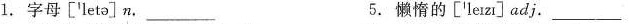
1.字母 ['letə]n. ___ 5.懒惰的 ['leɪzɪ]adj. ___